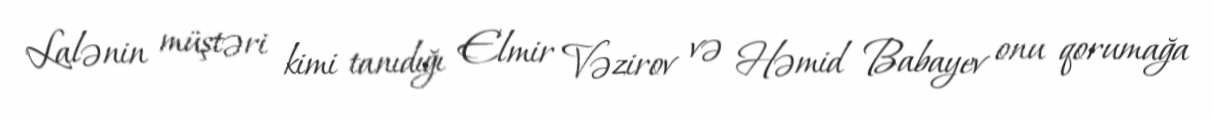
Lalənin müştəri kimi tanıdığı Elmir Vəzirov və Həmid Babayev onu qorumağa